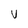
Character: v